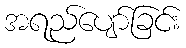
အရည်ပျော်ခြင်း